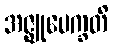
အဇ္ဈုပေက္ခတိ